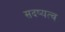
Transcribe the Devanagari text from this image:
सदष्यत्व